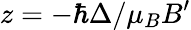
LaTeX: z=-\hbar\Delta/\mu_{B}B^{\prime}